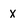
Character: x